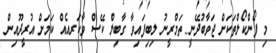
މި ފޯންކޯލްތަކަށް ޖަވާބުދޭނީ ތަމްރީނު ލިބިފައިވާ ގާބިލް ކޭސް ވާކަރއެއް ކަމަށް އުރީދޫއިން